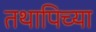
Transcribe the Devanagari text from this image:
तथापिच्या